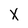
Character: X